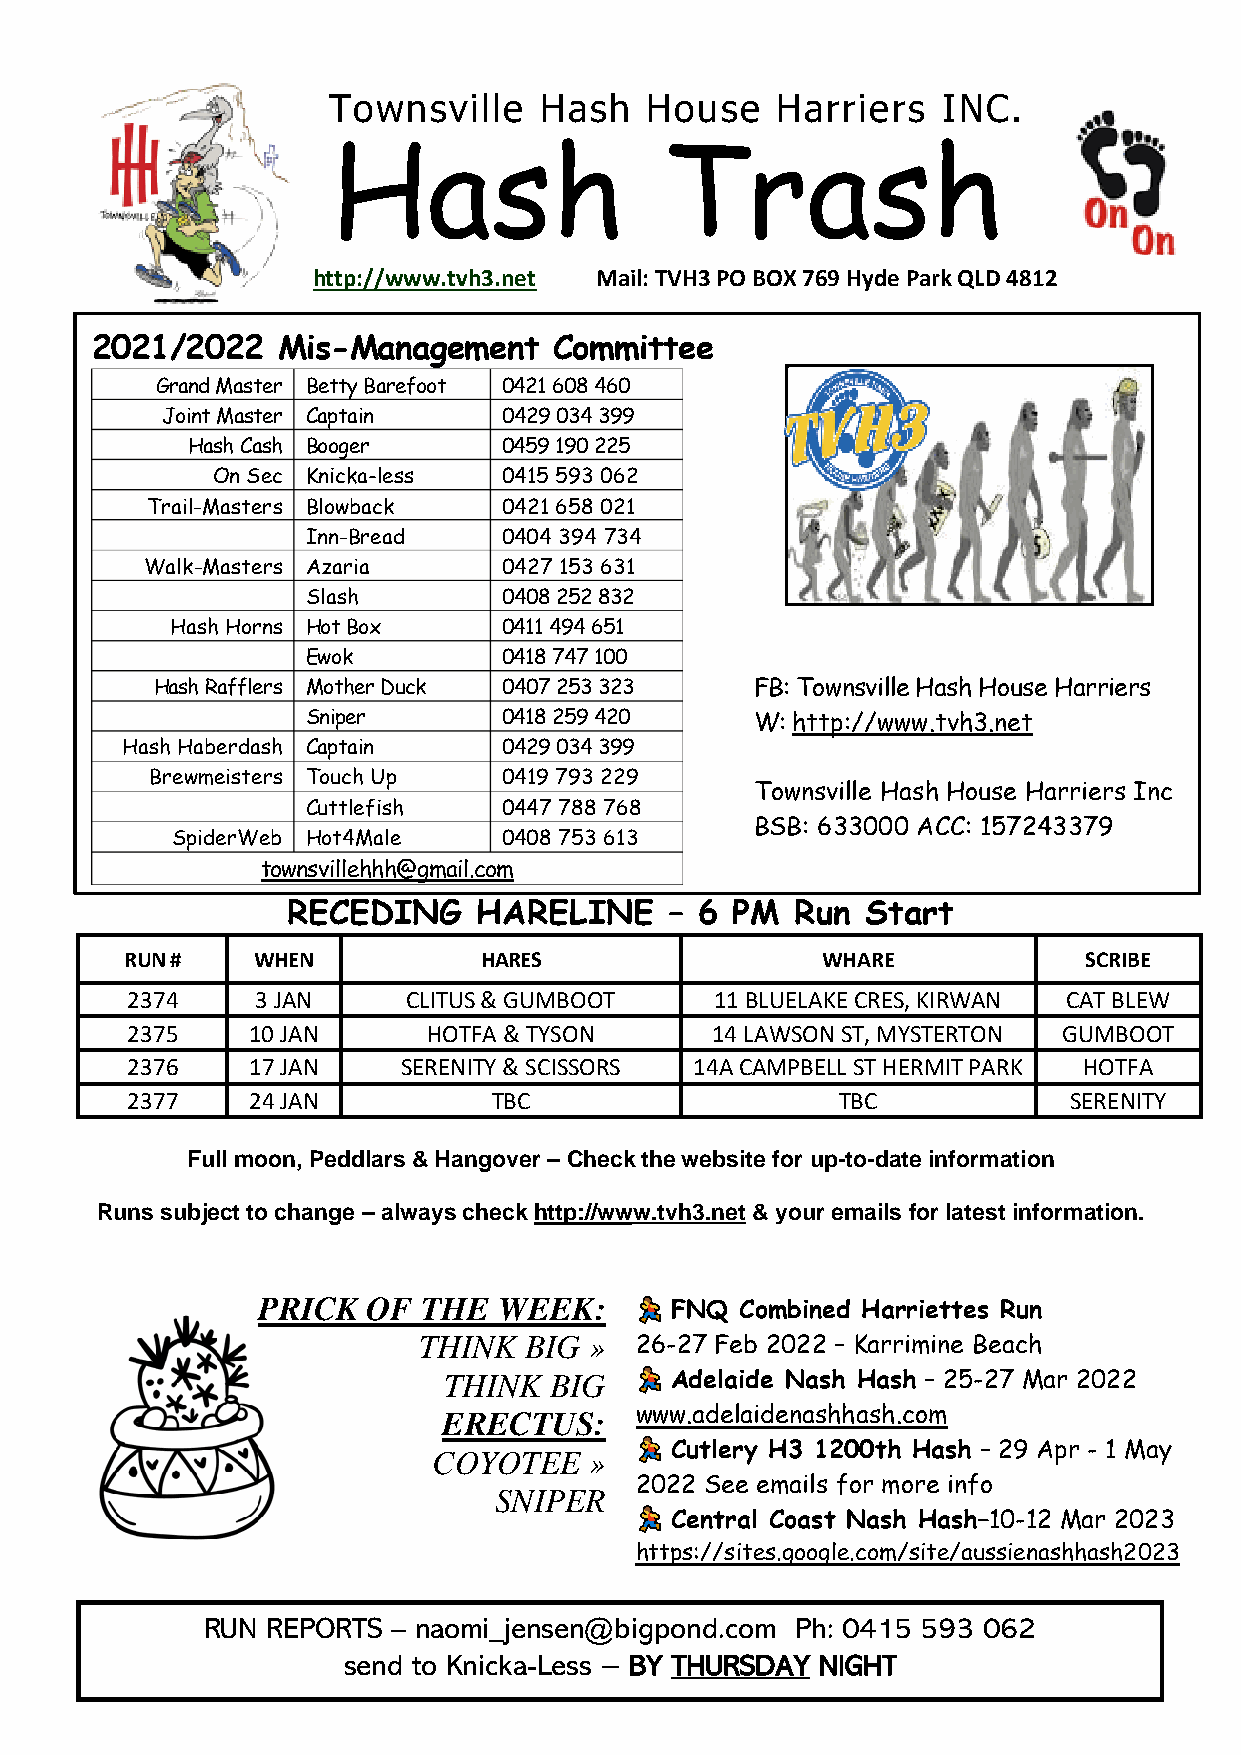
Townsville    Hash   House   Harriers   INC.
 Hash                  Trash
 http://www.tvh3.net Mail: TVH3 PO BOX 769 Hyde Park QLD 4812
 2021/2022   Mis-Management     Committee
 Grand Master Betty Barefoot 0421 608 460
 Joint Master Captain  0429 034 399
 Hash Cash Booger     0459 190 225
 On Sec Knicka-less 0415 593 062
 Trail-Masters Blowback 0421 658 021
 Inn-Bread    0404 394 734
 Walk-Masters Azaria    0427 153 631
 Slash        0408 252 832
 Hash Horns Hot Box    0411 494 651
 Ewok         0418 747 100
 Hash Rafflers Mother Duck 0407 253 32 3 FB: Townsville Hash House Harriers
 Sniper       0418 259 420     W: http://www.tvh3.net
 Hash Haberdash Captain   0429 034 39 9
 Brewmeisters Touch Up  0419 793 229
 Townsville Hash House Harriers Inc
 Cuttlefish   0447 788 76 8
 BSB: 633000 ACC: 157243379
 SpiderWeb Hot4Male    0408 753 613
 townsvillehhh@gmail.com
 RECEDING     HARELINE    – 6 PM   Run Start
 RUN #    WHEN           HARES                 WHARE             SCRIBE
 2374     3 JAN     CLITUS & GUMBOOT    1 1 BLUELAKE CRES, KIRWAN CAT BLEW
 2375    10 JAN      HOTFA & TYSON      14 LAWSON ST, MYSTERTON GUMBOOT
 2376    17 JAN     SERENITY & SCISSORS 1 4 A CAMPBELL ST HERMIT PARK HOTFA
 2377    24 JAN           TBC                   TBC             SERENITY
 Full moon, Peddlars & Hangover – Check the website for up-to-date information
 Runs subject to change – always check http://www.tvh3.net & your emails for latest information.
 PRICK  OF  THE  WEEK:      FNQ  Combined Harriettes Run
 THINK  BIG »  26-27 Feb 2022 – Karrimine Beach
 THINK  BIG     Adelaide Nash Hash – 25-27 Mar 2022
 ERECTUS:     www.adelaidenashhash.com
 Cutlery H3 1200th Hash – 29 Apr - 1 May
 COYOTEE   »
 2022 See emails for more info
 SNIPER
 Central Coast Nash Hash–10-12 Mar 2023
 https://sites.google.com/site/aussienashhash2023
 RUN REPORTS – naomi_jensen@bigpond.com Ph: 0415 593 062
 send to Knicka-Less – BY THURSDAY NIGHT